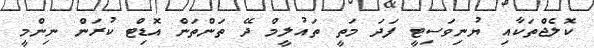
ކޮލެޖްތަކާއި ޔުނިވަސިޓީ ފަދަ މަތީ ތައުލީމް ދޭ ތަންތަން އޮޑިޓް ކުރަން ނިންމީ